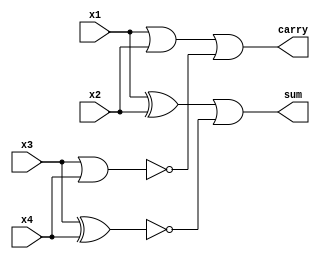
module momeni(x1,x2,x3,x4,sum,carry);
 output sum,carry;
 input x1,x2,x3,x4;
 assign sum=(~(~(x1^x2))|(~(x3^x4)));
 assign carry=(~(~(x1|x2))|(~(x3|x4)));

endmodule